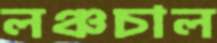
লঞ্চচাল